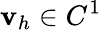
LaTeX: {\mathbf v}_{h}\in C^{1}